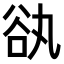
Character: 𧮭